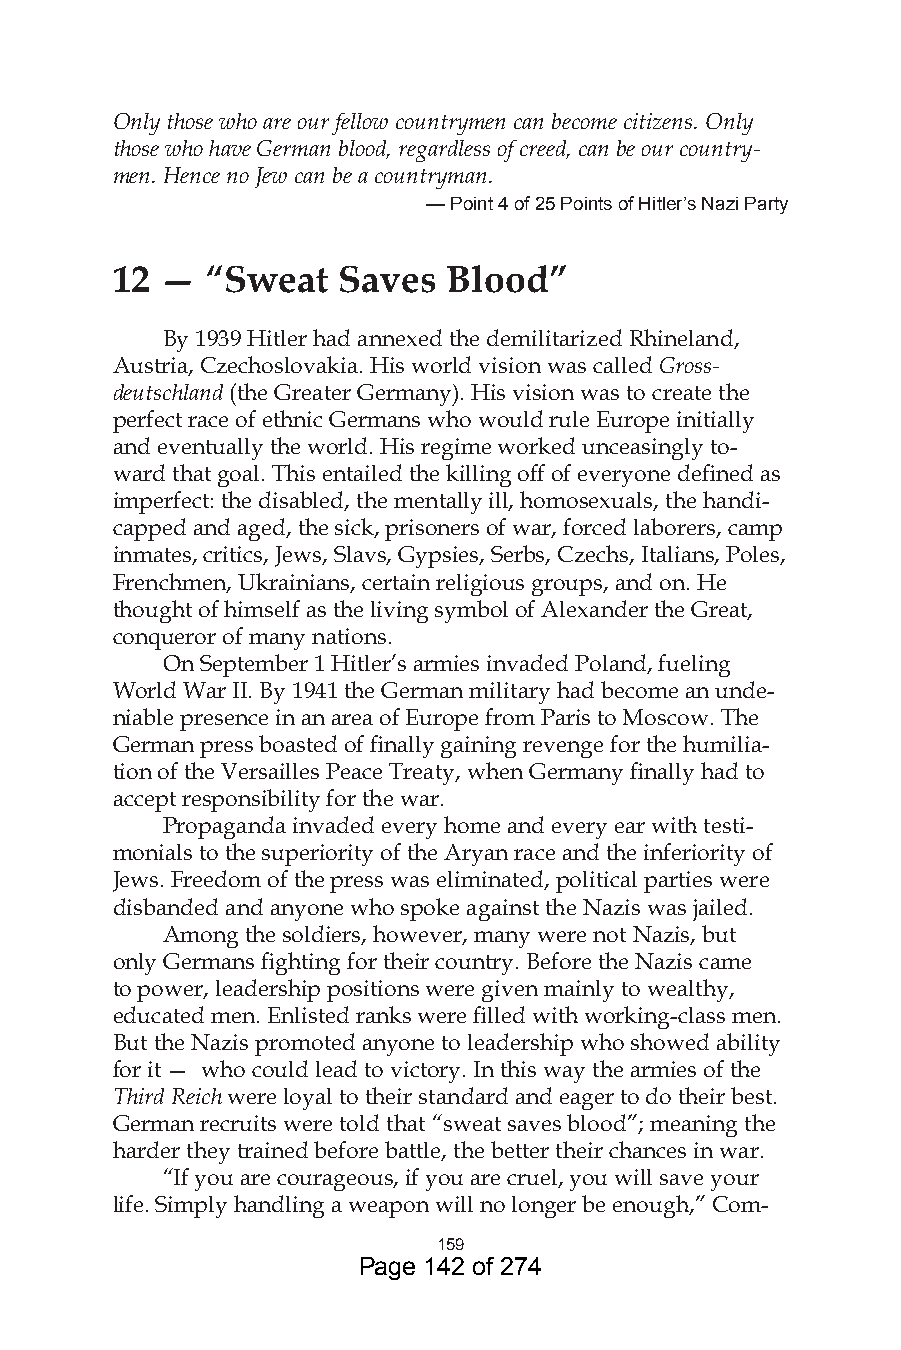
Only those who are our fellow countrymen can become citizens. Only
 those who have German blood, regardless of creed, can be our country-
 men. Hence no Jew can be a countryman.
 — Point 4 of 5 Points of Hitler’s Nazi Party
 12  —  “Sweat  Saves   Blood”
 By 1939 Hitler had annexed the demilitarized Rhineland,
 Austria, Czechoslovakia. His world vision was called Gross-
 deutschland (the Greater Germany). His vision was to create the
 perfect race of ethnic Germans who would rule Europe initially
 and eventually the world. His regime worked unceasingly to-
 ward that goal. This entailed the killing off of everyone defined as
 imperfect: the disabled, the mentally ill, homosexuals, the handi-
 capped and aged, the sick, prisoners of war, forced laborers, camp
 inmates, critics, Jews, Slavs, Gypsies, Serbs, Czechs, Italians, Poles,
 Frenchmen, Ukrainians, certain religious groups, and on. He
 thought of himself as the living symbol of Alexander the Great,
 conqueror of many nations.
 On September 1 Hitler’s armies invaded Poland, fueling
 World War II. By 1941 the German military had become an unde-
 niable presence in an area of Europe from Paris to Moscow. The
 German press boasted of finally gaining revenge for the humilia-
 tion of the Versailles Peace Treaty, when Germany finally had to
 accept responsibility for the war.
 Propaganda invaded every home and every ear with testi-
 monials to the superiority of the Aryan race and the inferiority of
 Jews. Freedom of the press was eliminated, political parties were
 disbanded and anyone who spoke against the Nazis was jailed.
 Among the soldiers, however, many were not Nazis, but
 only Germans fighting for their country. Before the Nazis came
 to power, leadership positions were given mainly to wealthy,
 educated men. Enlisted ranks were filled with working-class men.
 But the Nazis promoted anyone to leadership who showed ability
 for it — who could lead to victory. In this way the armies of the
 Third Reich were loyal to their standard and eager to do their best.
 German recruits were told that “sweat saves blood”; meaning the
 harder they trained before battle, the better their chances in war.
 “If you are courageous, if you are cruel, you will save your
 life. Simply handling a weapon will no longer be enough,” Com-
 59
 Page 142 of 274